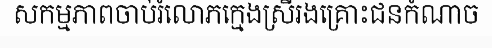
សកម្មភាពចាប់រំលោភក្មេងស្រីរងគ្រោះជនកំណាច